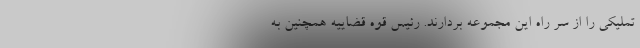
تملیکی را از سر راه این مجموعه بردارند. رئیس قوه قضاییه همچنین به